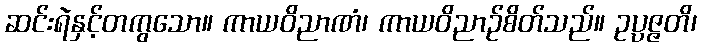
ဆင်းရဲနှင့်တကွသော။ ကာယဝိညာဏံ၊ ကာယဝိညာဉ်စိတ်သည်။ ဥပ္ပဇ္ဇတိ၊